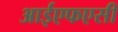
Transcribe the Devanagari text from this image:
आईएफएसी